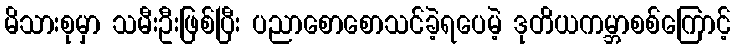
မိသားစုမှာ သမီးဦးဖြစ်ပြီး ပညာစောစောသင်ခဲ့ရပေမဲ့ ဒုတိယကမ္ဘာစစ်ကြောင့်